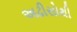
અઢીસોથી